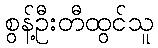
စွန့်ဦးတီထွင်သူ